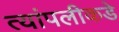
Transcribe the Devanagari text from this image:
त्यांपलीकडे